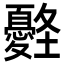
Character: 𡔀